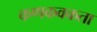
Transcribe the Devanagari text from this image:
कणकवकता